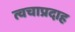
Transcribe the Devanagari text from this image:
त्वचाप्रदाह